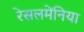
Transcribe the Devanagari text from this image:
रेसलमेंनिया